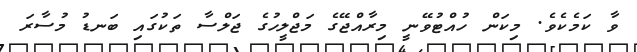
ވާ ކަމެކެވެ. މިކަން ހުއްޓުވޭނީ މިރާއްޖޭގެ މަޖްލީހުގެ ޖަލްސާ ތަކުގައި ބަނޑު މުސާރަ